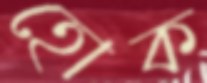
হোক